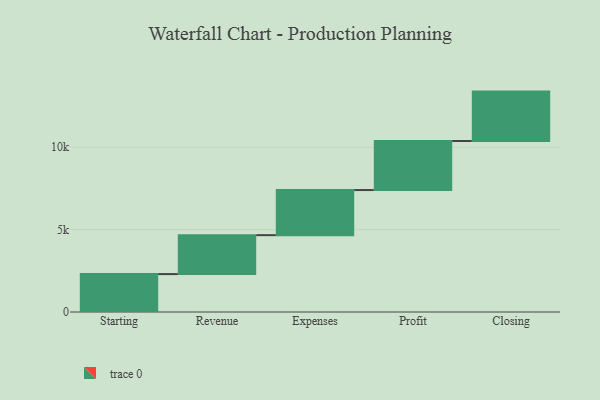
{"axis": {"x": "Step", "y": "Value"}, "legend": [""], "data": [{"x": "Starting", "y": 2301.0, "type": ""}, {"x": "Revenue", "y": 2364.0, "type": ""}, {"x": "Expenses", "y": 2738.0, "type": ""}, {"x": "Profit", "y": 2976.0, "type": ""}, {"x": "Closing", "y": 3000, "type": ""}]}